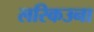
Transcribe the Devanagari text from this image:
लरिकउना